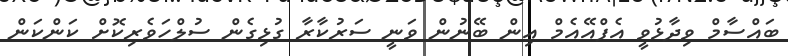
ބައްސާމް ވިދާޅުވީ އެފްއޭއެމް އިން ބޭނުން ވަނީ ސަރުކާރާ ގުޅިގެން ސުލްހަވެރިކޮށް ކަންކަން